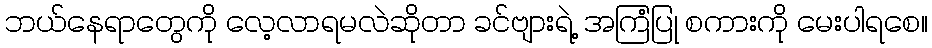
ဘယ်နေရာတွေကို လေ့လာရမလဲဆိုတာ ခင်ဗျားရဲ့ အကြံပြု စကားကို မေးပါရစေ။